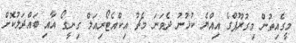
މީގެއިތުން މިގުރޫޕްގެ އިއްޔެ ކުޅުނު ދެވަނަ މެޗު އިކްއެޓޯރިއަލް ގިނީގޯ އާއި ބައްދަލުކޮށް